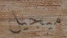
ميجيل